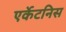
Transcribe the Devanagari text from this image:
एर्केटनिस